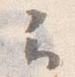
云